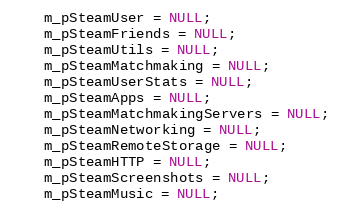
Language: C
	m_pSteamUser = NULL;
	m_pSteamFriends = NULL;
	m_pSteamUtils = NULL;
	m_pSteamMatchmaking = NULL;
	m_pSteamUserStats = NULL;
	m_pSteamApps = NULL;
	m_pSteamMatchmakingServers = NULL;
	m_pSteamNetworking = NULL;
	m_pSteamRemoteStorage = NULL;
	m_pSteamHTTP = NULL;
	m_pSteamScreenshots = NULL;
	m_pSteamMusic = NULL;